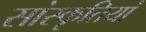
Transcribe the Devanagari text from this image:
सांस्कृतियां